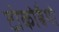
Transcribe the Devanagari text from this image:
टोकोबैगो